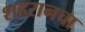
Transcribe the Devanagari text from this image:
शहरानचा